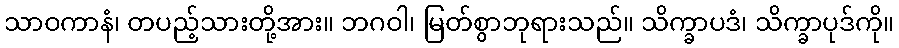
သာဝကာနံ၊ တပည့်သားတို့အား။ ဘဂဝါ၊ မြတ်စွာဘုရားသည်။ သိက္ခာပဒံ၊ သိက္ခာပုဒ်ကို။